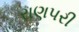
રાણપરી